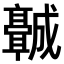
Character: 𬴡